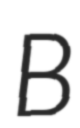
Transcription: B